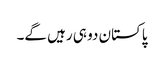
پاکستان دو ہی رہیں گے۔